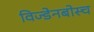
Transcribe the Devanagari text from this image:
विज्डेनबोस्च